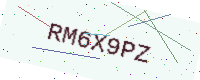
Text: RM6X9PZ